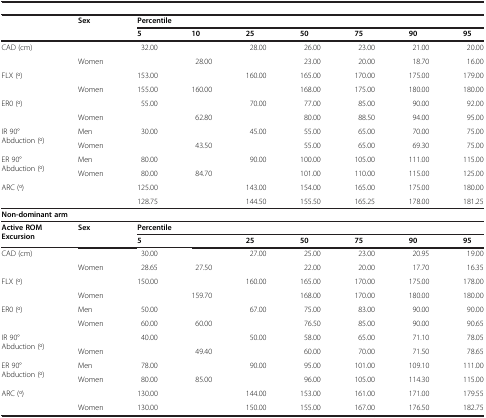
<table><thead><tr><td colspan="9">[EMPTY_CELL]</td></tr><tr><td>[EMPTY_CELL]</td><td><b>Sex</b></td><td colspan="7"><b>Percentile</b></td></tr><tr><td>[EMPTY_CELL]</td><td>[EMPTY_CELL]</td><td><b>5</b></td><td><b>10</b></td><td><b>25</b></td><td><b>50</b></td><td><b>75</b></td><td><b>90</b></td><td><b>95</b></td></tr></thead><tbody><tr><td rowspan="2">CAD (cm)</td><td>[EMPTY_CELL]</td><td>32.00</td><td>[EMPTY_CELL]</td><td>28.00</td><td>26.00</td><td>23.00</td><td>21.00</td><td>20.00</td></tr><tr><td>Women</td><td>[EMPTY_CELL]</td><td>28.00</td><td>[EMPTY_CELL]</td><td>23.00</td><td>20.00</td><td>18.70</td><td>16.00</td></tr><tr><td rowspan="2">FLX (o)</td><td>[EMPTY_CELL]</td><td>153.00</td><td>[EMPTY_CELL]</td><td>160.00</td><td>165.00</td><td>170.00</td><td>175.00</td><td>179.00</td></tr><tr><td>Women</td><td>155.00</td><td>160.00</td><td>[EMPTY_CELL]</td><td>168.00</td><td>175.00</td><td>180.00</td><td>180.00</td></tr><tr><td rowspan="2">ER0 (o)</td><td>[EMPTY_CELL]</td><td>55.00</td><td>[EMPTY_CELL]</td><td>70.00</td><td>77.00</td><td>85.00</td><td>90.00</td><td>92.00</td></tr><tr><td>Women</td><td>[EMPTY_CELL]</td><td>62.80</td><td>[EMPTY_CELL]</td><td>80.00</td><td>88.50</td><td>94.00</td><td>95.00</td></tr><tr><td rowspan="2">IR 90° Abduction (o)</td><td>Men</td><td>30.00</td><td>[EMPTY_CELL]</td><td>45.00</td><td>55.00</td><td>65.00</td><td>70.00</td><td>75.00</td></tr><tr><td>Women</td><td>[EMPTY_CELL]</td><td>43.50</td><td>[EMPTY_CELL]</td><td>55.00</td><td>65.00</td><td>69.30</td><td>75.00</td></tr><tr><td rowspan="2">ER 90° Abduction (o)</td><td>Men</td><td>80.00</td><td>[EMPTY_CELL]</td><td>90.00</td><td>100.00</td><td>105.00</td><td>111.00</td><td>115.00</td></tr><tr><td>Women</td><td>80.00</td><td>84.70</td><td>[EMPTY_CELL]</td><td>101.00</td><td>110.00</td><td>115.00</td><td>125.00</td></tr><tr><td>ARC (o)</td><td>[EMPTY_CELL]</td><td>125.00</td><td>[EMPTY_CELL]</td><td>143.00</td><td>154.00</td><td>165.00</td><td>175.00</td><td>180.00</td></tr><tr><td>[EMPTY_CELL]</td><td>[EMPTY_CELL]</td><td>128.75</td><td>[EMPTY_CELL]</td><td>144.50</td><td>155.50</td><td>165.25</td><td>178.00</td><td>181.25</td></tr><tr><td colspan="9"><b>Non-dominant arm</b></td></tr><tr><td><b>Active ROM Excursion</b></td><td><b>Sex</b></td><td colspan="7"><b>Percentile</b></td></tr><tr><td>[EMPTY_CELL]</td><td>[EMPTY_CELL]</td><td><b>5</b></td><td>[EMPTY_CELL]</td><td><b>25</b></td><td><b>50</b></td><td><b>75</b></td><td><b>90</b></td><td><b>95</b></td></tr><tr><td rowspan="2">CAD (cm)</td><td>[EMPTY_CELL]</td><td>30.00</td><td>[EMPTY_CELL]</td><td>27.00</td><td>25.00</td><td>23.00</td><td>20.95</td><td>19.00</td></tr><tr><td>Women</td><td>28.65</td><td>27.50</td><td>[EMPTY_CELL]</td><td>22.00</td><td>20.00</td><td>17.70</td><td>16.35</td></tr><tr><td rowspan="2">FLX (o)</td><td>[EMPTY_CELL]</td><td>150.00</td><td>[EMPTY_CELL]</td><td>160.00</td><td>165.00</td><td>170.00</td><td>175.00</td><td>178.00</td></tr><tr><td>Women</td><td>[EMPTY_CELL]</td><td>159.70</td><td>[EMPTY_CELL]</td><td>168.00</td><td>170.00</td><td>180.00</td><td>180.00</td></tr><tr><td rowspan="2">ER0 (o)</td><td>Men</td><td>50.00</td><td>[EMPTY_CELL]</td><td>67.00</td><td>75.00</td><td>83.00</td><td>90.00</td><td>90.00</td></tr><tr><td>Women</td><td>60.00</td><td>60.00</td><td>[EMPTY_CELL]</td><td>76.50</td><td>85.00</td><td>90.00</td><td>90.65</td></tr><tr><td rowspan="2">IR 90° Abduction (o)</td><td>[EMPTY_CELL]</td><td>40.00</td><td>[EMPTY_CELL]</td><td>50.00</td><td>58.00</td><td>65.00</td><td>71.10</td><td>78.05</td></tr><tr><td>Women</td><td>[EMPTY_CELL]</td><td>49.40</td><td>[EMPTY_CELL]</td><td>60.00</td><td>70.00</td><td>71.50</td><td>78.65</td></tr><tr><td rowspan="2">ER 90° Abduction (o)</td><td>Men</td><td>78.00</td><td>[EMPTY_CELL]</td><td>90.00</td><td>95.00</td><td>101.00</td><td>109.10</td><td>111.00</td></tr><tr><td>Women</td><td>80.00</td><td>85.00</td><td>[EMPTY_CELL]</td><td>96.00</td><td>105.00</td><td>114.30</td><td>115.00</td></tr><tr><td>ARC (o)</td><td>[EMPTY_CELL]</td><td>130.00</td><td>[EMPTY_CELL]</td><td>144.00</td><td>153.00</td><td>161.00</td><td>171.00</td><td>179.55</td></tr><tr><td>[EMPTY_CELL]</td><td>Women</td><td>130.00</td><td>[EMPTY_CELL]</td><td>150.00</td><td>155.00</td><td>167.00</td><td>176.50</td><td>182.75</td></tr></tbody></table>